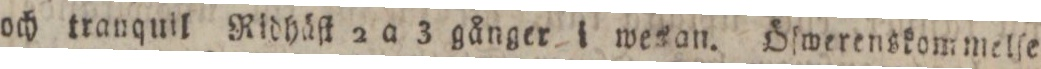
och tranquil Ridhäſt 2 a 3 gånger i wesan. Öſwerenskommelſe